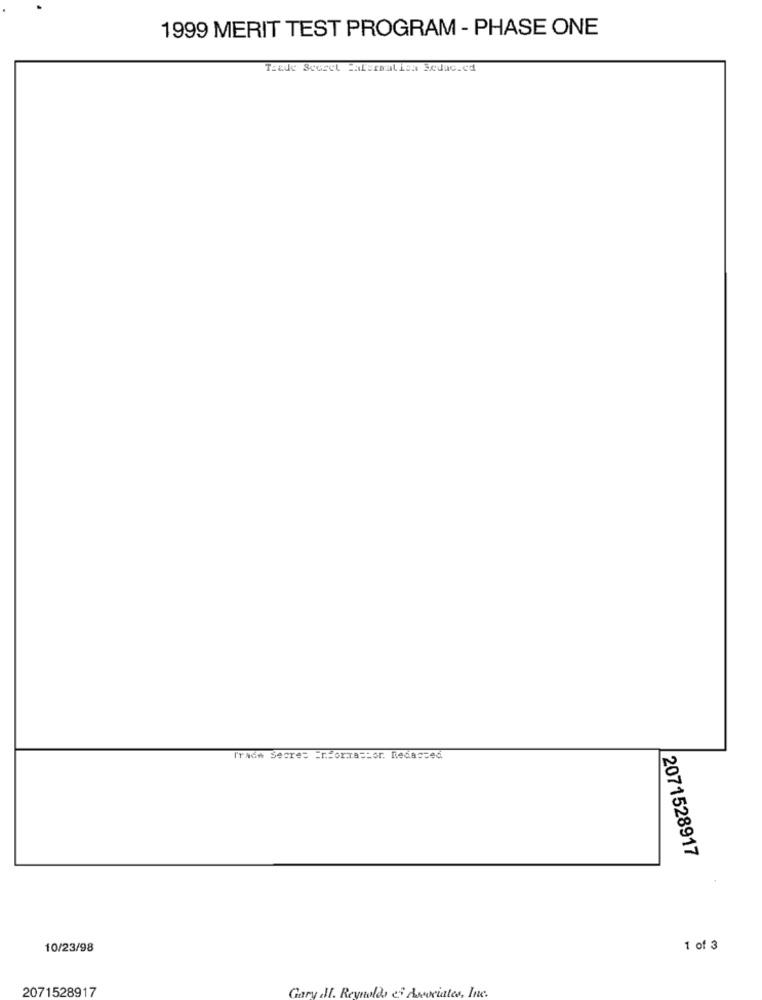
1999 MERIT TEST PROGRAM - PHASE ONE
Tiale Scoret Falsrmatica Seduc.cd
Trade Secret Informastor. Redacted
2071528917
10/23/98
1 of 3
2071528917
Gary J. Reynolds es Associates, Inc.